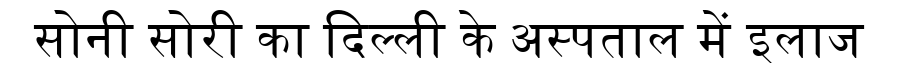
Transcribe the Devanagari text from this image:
सोनी सोरी का दिल्ली के अस्पताल में इलाज